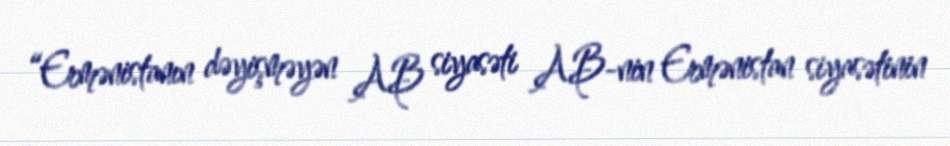
“Ermənistanın dəyişməyən AB siyasəti AB-nin Ermənistan siyasətinin